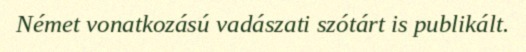
Német vonatkozású vadászati szótárt is publikált.